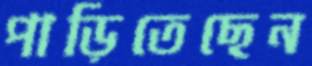
পাড়িতেছেন